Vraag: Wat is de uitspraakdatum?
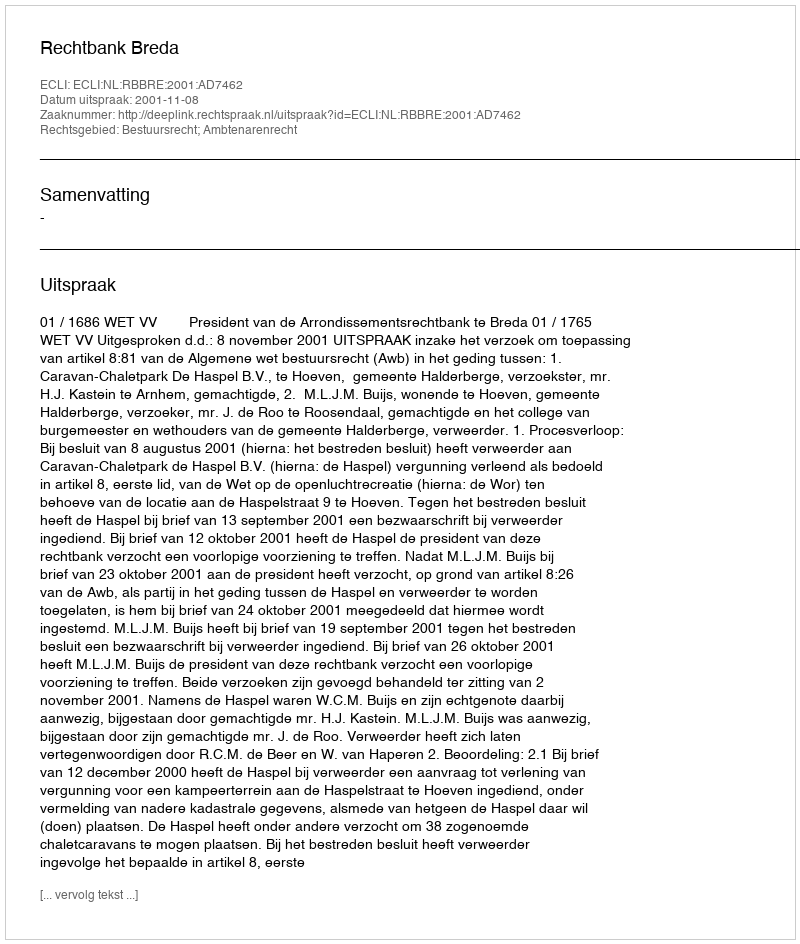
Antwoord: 2001-11-08